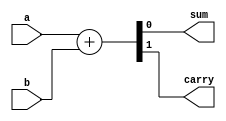
//half adder using Verilog Operator
module half_adder_o (
    input a,b,
    output sum,carry
);

assign {carry,sum} = a+b;

endmodule